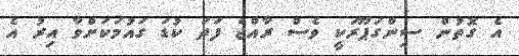
އެ ގޮތުން ސިންގަޕޫރަކީ ވެސް ރާއްޖެ ފަދަ ކުޑަ ގައުމަކަށްވާ އިރު އެ